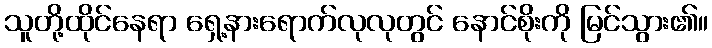
သူတို့ထိုင်နေရာ ရှေ့နားရောက်လုလုတွင် နောင်စိုးကို မြင်သွား၏။